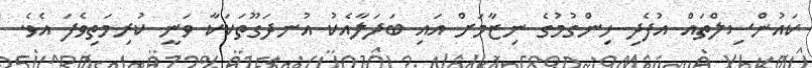
ކައުންސިލްތައް އުފެދި ހިންގުމުގެ ނިޒާމަށް އައި ބަދަލާއެކު އުނދަގޫތަކަކާ ވަނީ ކުރިމަތިވެފަ އެވެ.